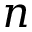
n